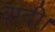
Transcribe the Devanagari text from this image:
वादी।